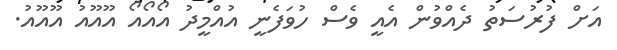
އަށް ފުރުސަތު ދެއްވުން އެއީ ވެސް ހުވަފެނީ އުއްމީދު އޯއޯއޯ އޫއޫއު އޫއޫއު.